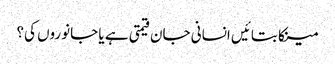
مینکا بتائیں انسانی جان قیمتی ہے یا جانوروں کی؟